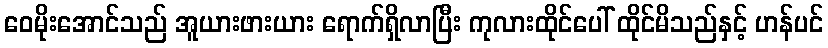
ဝေမိုးအောင်သည် အူယားဖားယား ရောက်ရှိလာပြီး ကုလားထိုင်ပေါ် ထိုင်မိသည်နှင့် ဟန်ပင်